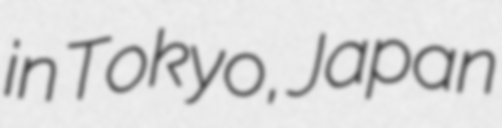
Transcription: in Tokyo, Japan